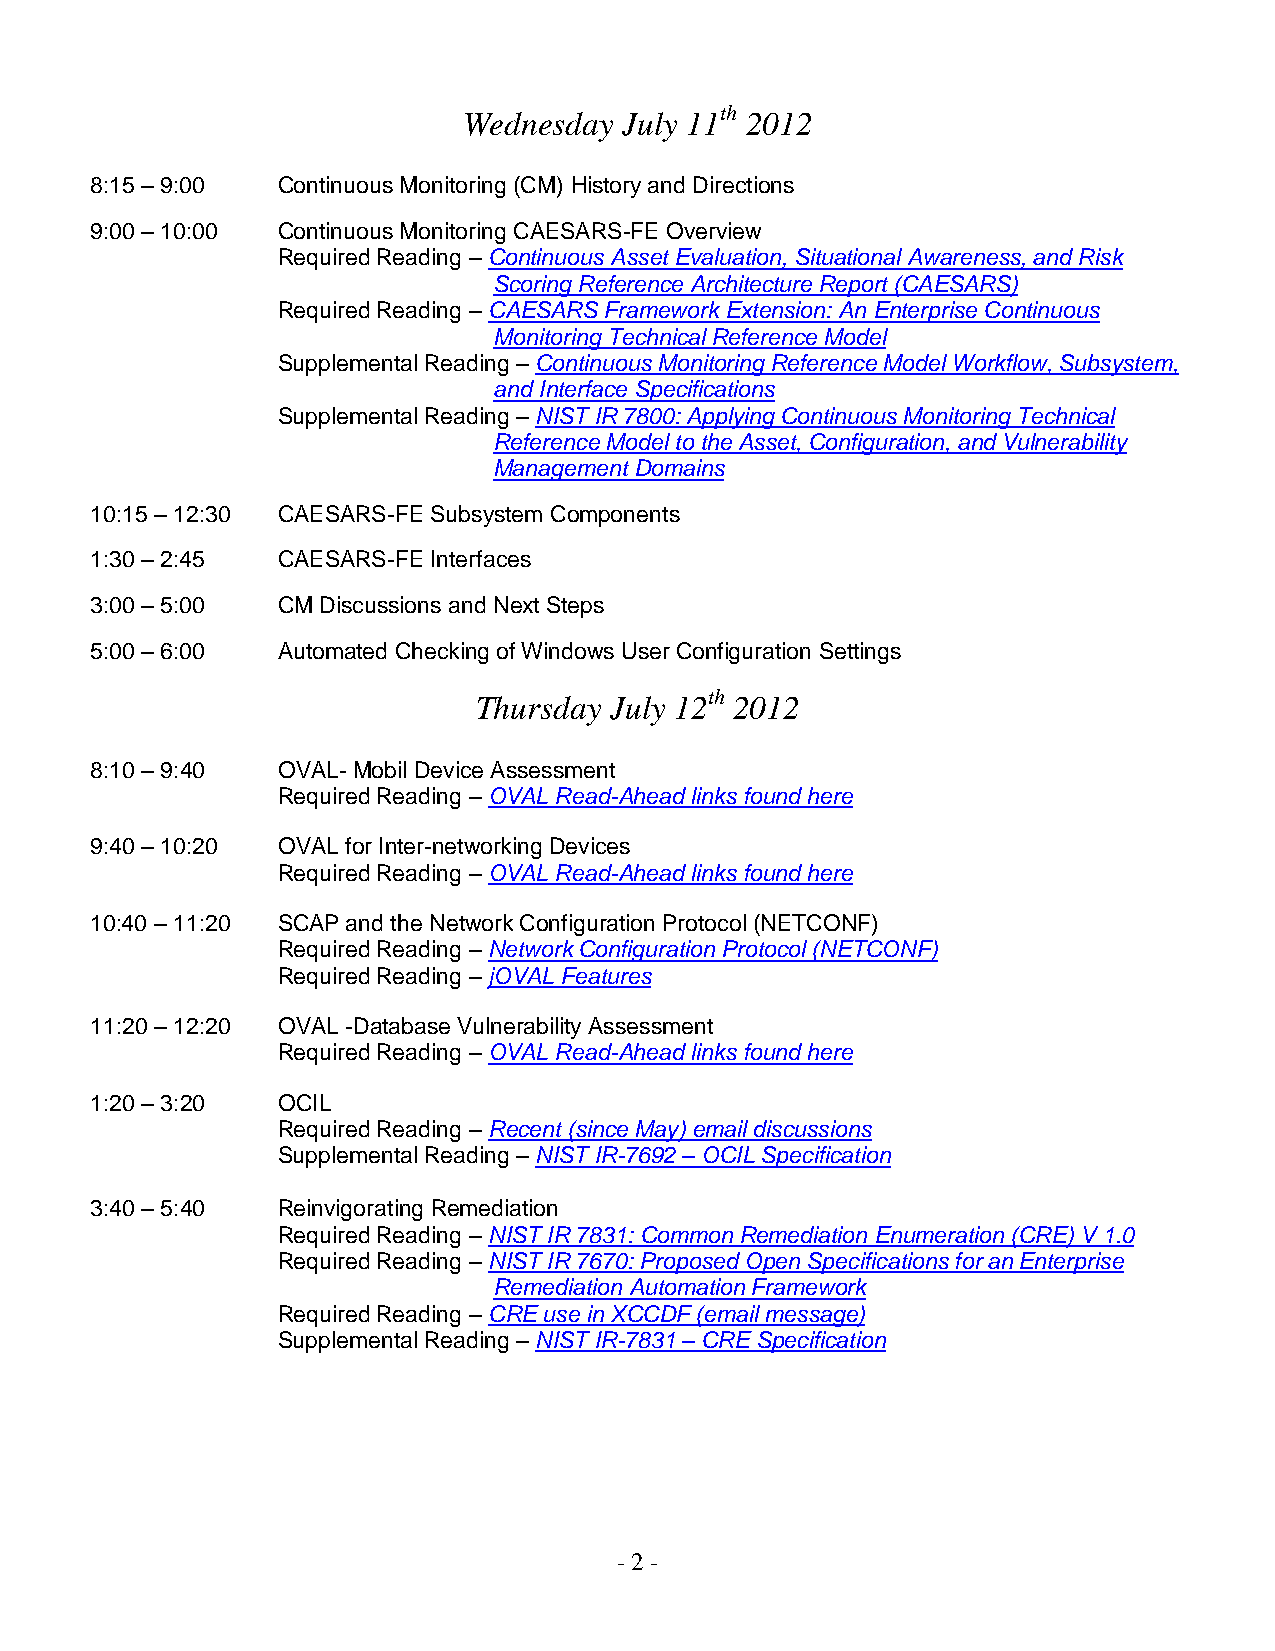
th
 Wednesday July 11 2012
 8:15 – 9:00 Continuous Monitoring (CM) History and Directions
 9:00 – 10:00 Continuous Monitoring CAESARS-FE Overview
 Required Reading – Continuous Asset Evaluation, Situational Awareness, and Risk
 Scoring Reference Architecture Report (CAESARS)
 Required Reading – CAESARS Framework Extension: An Enterprise Continuous
 Monitoring Technical Reference Model
 Supplemental Reading – Continuous Monitoring Reference Model Workflow, Subsystem,
 and Interface Specifications
 Supplemental Reading – NIST IR 7800: Applying Continuous Monitoring Technical
 Reference Model to the Asset, Configuration, and Vulnerability
 Management Domains
 10:15 – 12:30 CAESARS-FE Subsystem Components
 1:30 – 2:45 CAESARS-FE Interfaces
 3:00 – 5:00 CM Discussions and Next Steps
 5:00 – 6:00 Automated Checking of Windows User Configuration Settings
 th
 Thursday July 12 2012
 8:10 – 9:40 OVAL- Mobil Device Assessment
 Required Reading – OVAL Read-Ahead links found here
 9:40 – 10:20 OVAL for Inter-networking Devices
 Required Reading – OVAL Read-Ahead links found here
 10:40 – 11:20 SCAP and the Network Configuration Protocol (NETCONF)
 Required Reading – Network Configuration Protocol (NETCONF)
 Required Reading – jOVAL Features
 11:20 – 12:20 OVAL -Database Vulnerability Assessment
 Required Reading – OVAL Read-Ahead links found here
 1:20 – 3:20 OCIL
 Required Reading – Recent (since May) email discussions
 Supplemental Reading – NIST IR-7692 – OCIL Specification
 3:40 – 5:40 Reinvigorating Remediation
 Required Reading – NIST IR 7831: Common Remediation Enumeration (CRE) V 1.0
 Required Reading – NIST IR 7670: Proposed Open Specifications for an Enterprise
 Remediation Automation Framework
 Required Reading – CRE use in XCCDF (email message)
 Supplemental Reading – NIST IR-7831 – CRE Specification
 - 2 -